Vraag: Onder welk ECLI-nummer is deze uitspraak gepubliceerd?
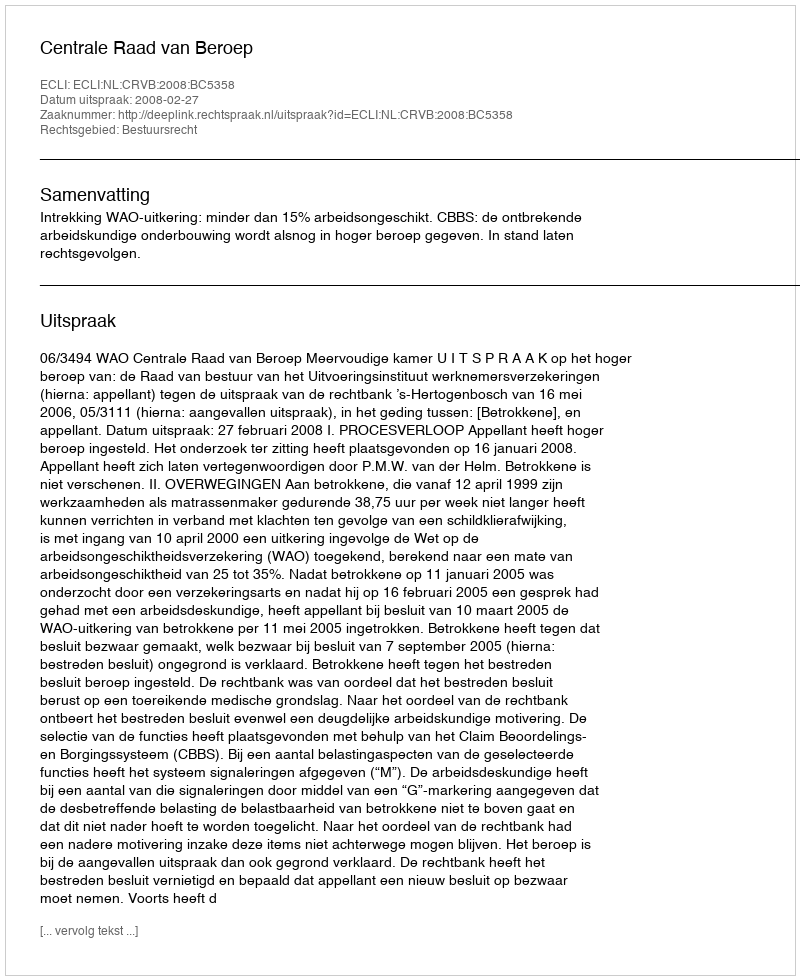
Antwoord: ECLI:NL:CRVB:2008:BC5358